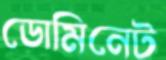
ডোমিনেট